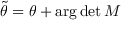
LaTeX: \tilde { \theta } = \theta + \mathrm { a r g } \operatorname * { d e t } { \cal M }